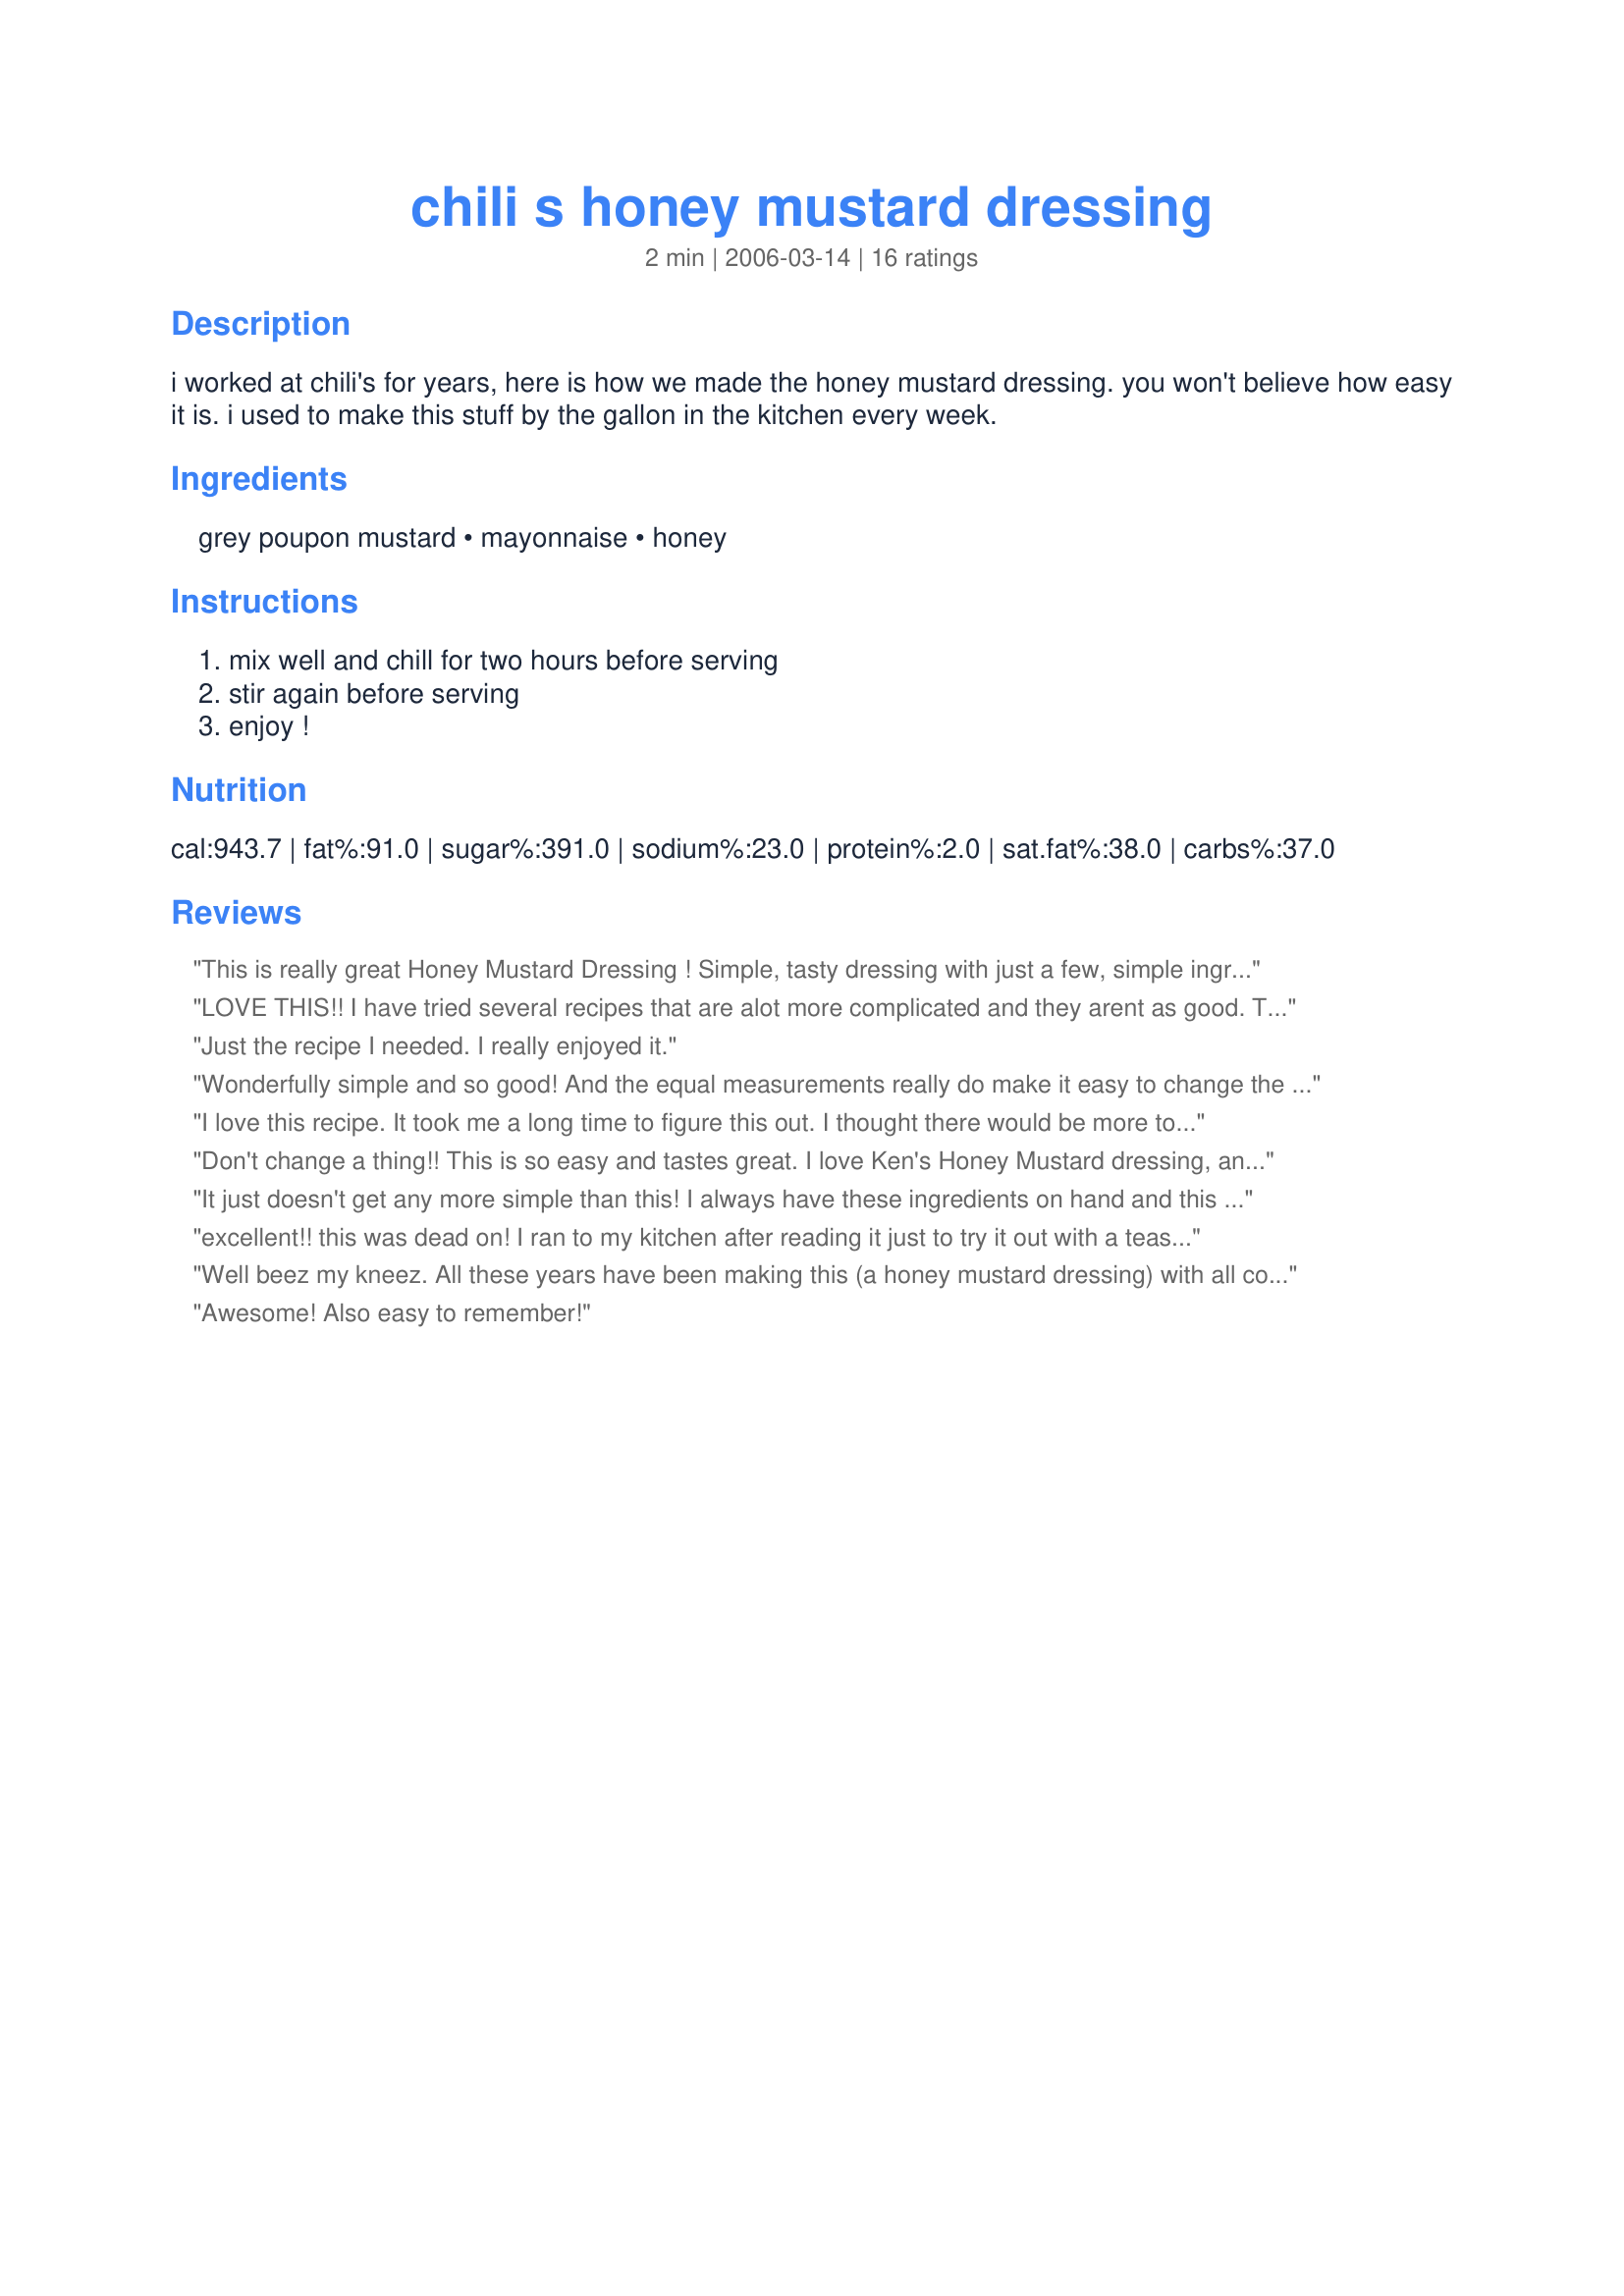
chili s honey mustard dressing
Preparation time: 2 minutes

i worked at chili's for years, here is how we made the honey mustard dressing. you won't believe how easy it is. i used to make this stuff by the gallon in the kitchen every week.

Ingredients:
grey poupon mustard, mayonnaise, honey

Steps:
mix well and chill for two hours before serving, stir again before serving, enjoy !

Reviews:
This is really great Honey Mustard Dressing ! Simple, tasty dressing with just a few, simple ingredients. What's not to love.
Thanks for sharing this little keeper.
LOVE THIS!! I have tried several recipes that are alot more complicated and they arent as good. This recipe is so simple and easy to remember..Just equal parts of 3 ingredients that i always have in my kitchen.
Just the recipe I needed. I really enjoyed it.
Wonderfully simple and so good! And the equal measurements really do make it easy to change the serving size. A tad on the sweet side for me, but that's probably just me. I just cut the honey down a little bit and it was fine.
I love this recipe. It took me a long time to figure this out. I thought there would be more to it. If you like honey mustard this is the easiest recipe ever.
Don't change a thing!! This is so easy and tastes great. I love Ken's Honey Mustard dressing, and this is as close as it gets. It takes about 2 minutes to make. We use it to dip chicken tenders in.
It just doesn't get any more simple than this! I always have these ingredients on hand and this recipe makes a wonderful dressing. Thanks for sharing, TJW!
excellent!! this was dead on! I ran to my kitchen after reading it just to try it out with a teaspoon of each ingredient, and the ratio is PERFECT!!! &lt;3 thank you!
Well beez my kneez. All these years have been making this (a honey mustard dressing) with all complicated ingredients and waiting...waiting...waiting...and bingo-gym-berree, an easy, sincerely magnificent tasting honey-mustard dressing. Wow. Just wow. If I had only known.
Awesome! Also easy to remember!
I love Chili's Honey Mustard, and this is great! I add just a little bit of regular mustard too, because it seems to round out the flavor. I use this with the Chili's Chicken Crispers recipe on this site- FANTASTIC!
Thank you! Whenever we go to Chili's I usually order something that can drizzled with or dipped into this dressing!! This is it!! I am thrilled to have this at home and love that it's equal parts ingredients and so is easy to make in small or large quantities. Thanks for sharing, DH and I are delighted!
YUMMY! Sometimes simple is best! I like that I can make however much I need of this whenver I need it since I always have all the ingredients.... For dinner last night I just used 1T of each (used light mayo) and it was PERFECT! Thanks for sharing!
This is great! I use the Grey Poupon coarse ground mustard for this instead of regular dijon. It's perfect. I love how everything's equal parts-- if it's just me eating, I can easily do one tablespoon each.
This recipe seriously needs to add 1/4 cup of water to it!!! I loved this recipe and when i used my hand blender and added 1/4 cup of water it came out GREAT!!! This recipe is perfect for a spinach salad dressing! Don't forget the water... otherwise it's more a dip then a dressing which would be delish... but with the water added... it's the perfect salad dressing! thanks for sharing... yummy, yummy, yummy!!!
This recipe is so simple and easy to remember..Just equal parts of 3 ingredients that I always have in my kitchen. Don't forget the water... otherwise it's more a dip then a dressing.
